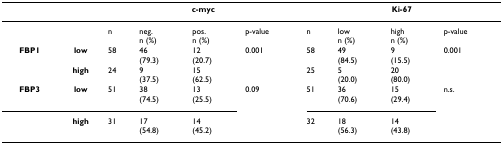
<table><thead><tr><td></td><td></td><td colspan="4"><b>c-myc</b></td><td colspan="4"><b>Ki-67</b></td></tr></thead><tbody><tr><td></td><td></td><td>n</td><td>neg.n (%)</td><td>pos.n (%)</td><td>p-value</td><td>n</td><td>lown (%)</td><td>highn (%)</td><td>p-value</td></tr><tr><td><b>FBP1</b></td><td><b>low</b></td><td>58</td><td>46(79.3)</td><td>12(20.7)</td><td>0.001</td><td>58</td><td>49(84.5)</td><td>9(15.5)</td><td>0.001</td></tr><tr><td></td><td><b>high</b></td><td>24</td><td>9(37.5)</td><td>15(62.5)</td><td></td><td>25</td><td>5(20.0)</td><td>20(80.0)</td><td></td></tr><tr><td><b>FBP3</b></td><td><b>low</b></td><td>51</td><td>38(74.5)</td><td>13(25.5)</td><td>0.09</td><td>51</td><td>36(70.6)</td><td>15(29.4)</td><td>n.s.</td></tr><tr><td></td><td><b>high</b></td><td>31</td><td>17(54.8)</td><td>14(45.2)</td><td></td><td>32</td><td>18(56.3)</td><td>14(43.8)</td><td></td></tr></tbody></table>